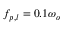
f _ { p , l } = 0 . 1 \omega _ { o }